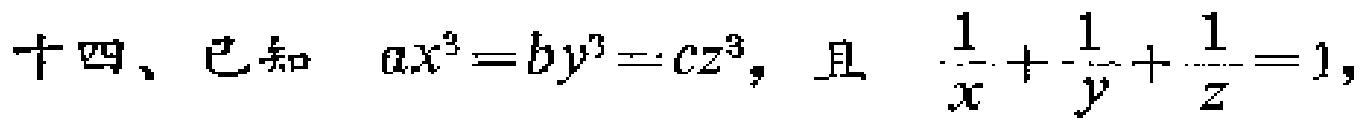
十四、已知 \(ax^{3}=by^{3}=cz^{3}\)，且 \(\frac{1}{x}+\frac{1}{y}+\frac{1}{z}=1\)，